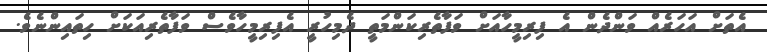
އެތަށް އަހަރެއް ވަންދެން އެ ފިރިމީހާއަށް ވަފާތެރިކަންމަތީ ދެމިހުރީ އެފިރިމީހާވެސް ވަފާތެރިއަކަށް ހިތައިންނެވެ.